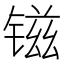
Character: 镃